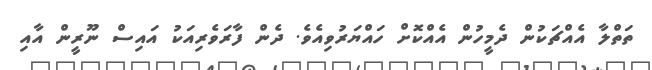
ތަތްލާ އެއްޗަކުން ދެމީހުން އެއްކޮށް ހައްޔަރުވިއެވެ. ދެން ފާރަވެރިއަކު އައިސް ނޫރީން އާއި